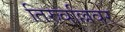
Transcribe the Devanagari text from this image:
तिरुवल्लिवर